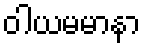
ဝါယမမာနာ